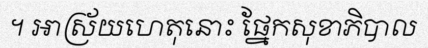
។ អាស្រ័យហេតុនោះ ផ្នែកសុខាភិបាល